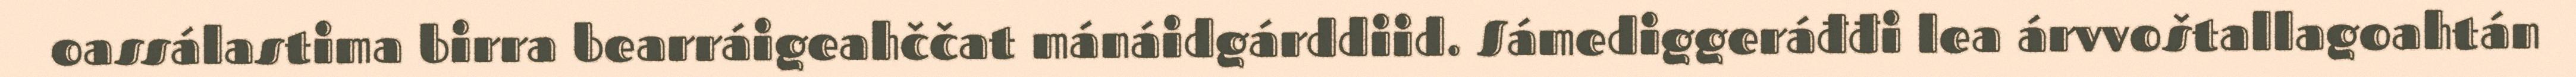
oassálastima birra bearráigeahččat mánáidgárddiid. Sámediggeráđđi lea árvvoštallagoahtán